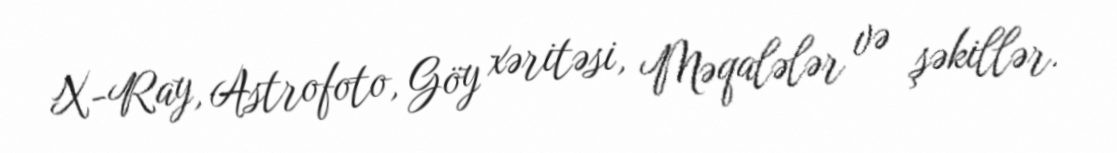
X-Ray, Astrofoto, Göy xəritəsi, Məqalələr və şəkillər.